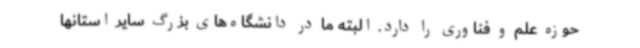
حوزه علم و فناوری را دارد. البته ما در دانشگاه‌های بزرگ سایر استانها